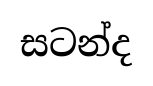
සටන්ද